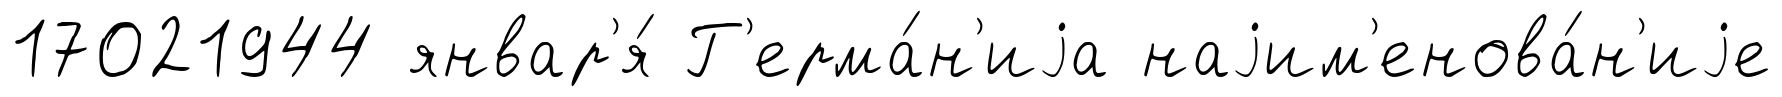
17021944 январ'я́ Г'ерма́н'иjа наjим'енова́н'иjе